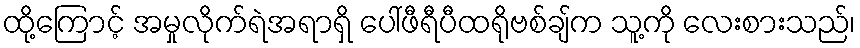
ထို့ကြောင့် အမှုလိုက်ရဲအရာရှိ ပေါ်ဖီရီပီထရိုဗစ်ချ်က သူ့ကို လေးစားသည်၊